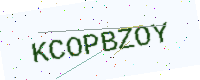
Text: KCOPBZOY